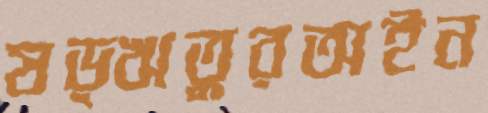
ষড়্ঋতুরঅইন